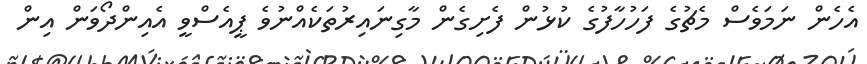
އެހެން ނަމަވެސް މެޗުގެ ފަހުހާފުގެ ކުޅުން ފެށިގެން މާގިނައިރުތަކެއްނުވެ ޕީއެސްވީ އެއިންދޯވަން އިން